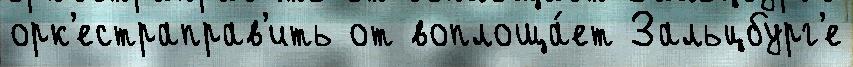
орк'естраправ'ить от воплоща́ет Зальцбург'е